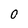
Character: O